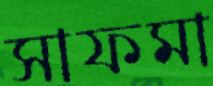
সাফমা